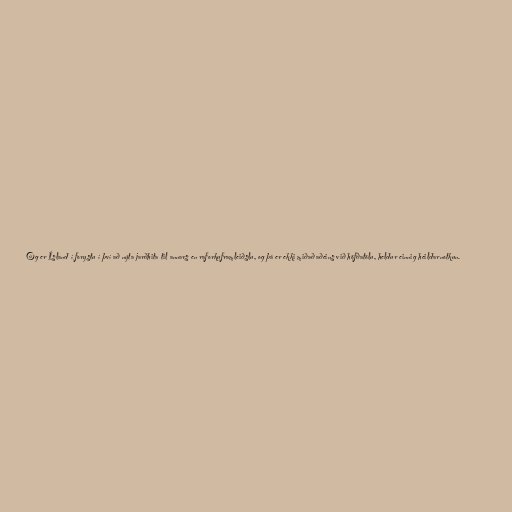
Og er Ísland í forystu í því að nýta jarðhita til annars en raforkuframleiðslu, og þá er ekki miðað aðeins við höfðatölu, heldur einnig heildarnotkun.